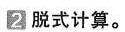
2脱式计算。